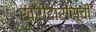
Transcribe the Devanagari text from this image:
खरीदारीसूची